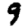
Digit: 9